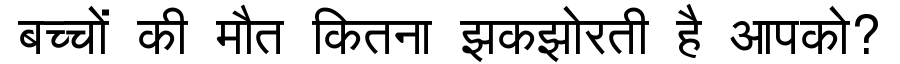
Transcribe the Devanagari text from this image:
बच्चों की मौत कितना झकझोरती है आपको?